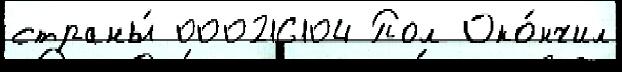
страны́ 000216104 Пол Око́нчил